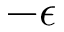
- \epsilon